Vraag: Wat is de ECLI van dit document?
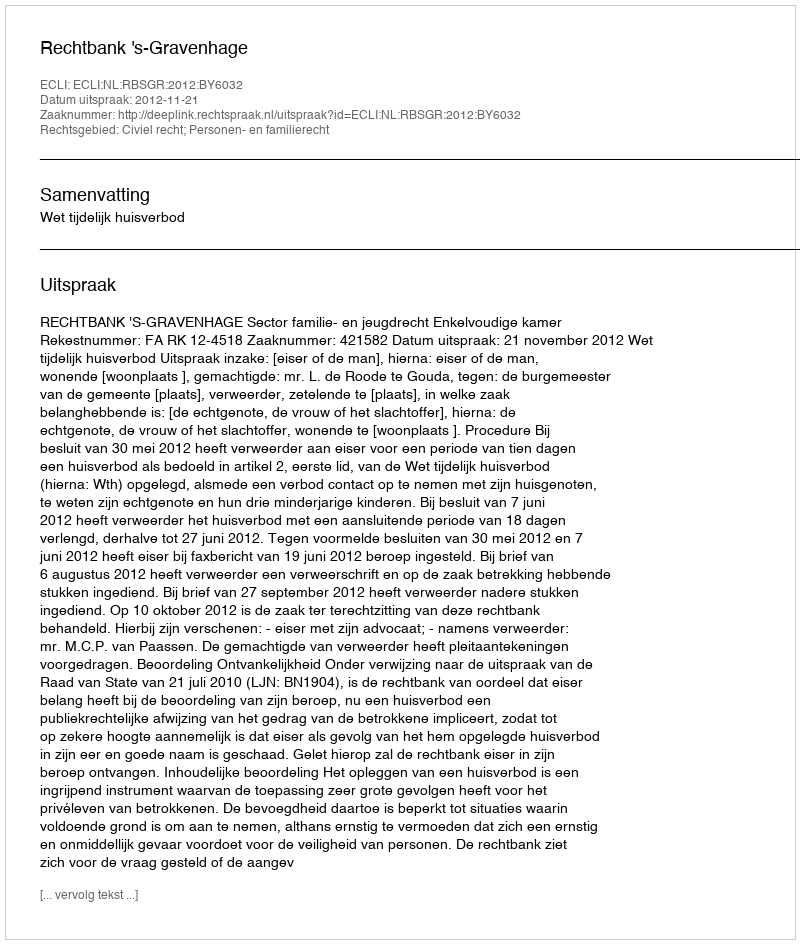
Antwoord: ECLI:NL:RBSGR:2012:BY6032